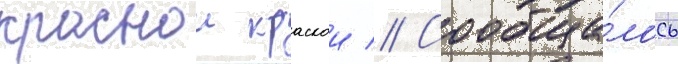
краснои краскои // Сообща́лось